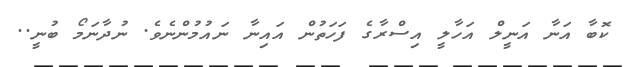
ކޮބާ އަނާ އަނީލް އަހާލީ އިސްރާގެ ފަހަތުން އައިނާ ނައުމުންނެވެ. ނުދާނަމޯ ބުނީ..